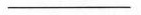
——